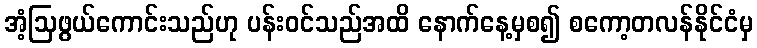
အံ့ဩဖွယ်ကောင်းသည်ဟု ပန်းဝင်သည်အထိ နောက်နေ့မှစ၍ စကော့တလန်နိုင်ငံမှ